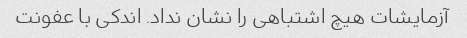
آزمایشات هیچ اشتباهی را نشان نداد. اندکی با عفونت